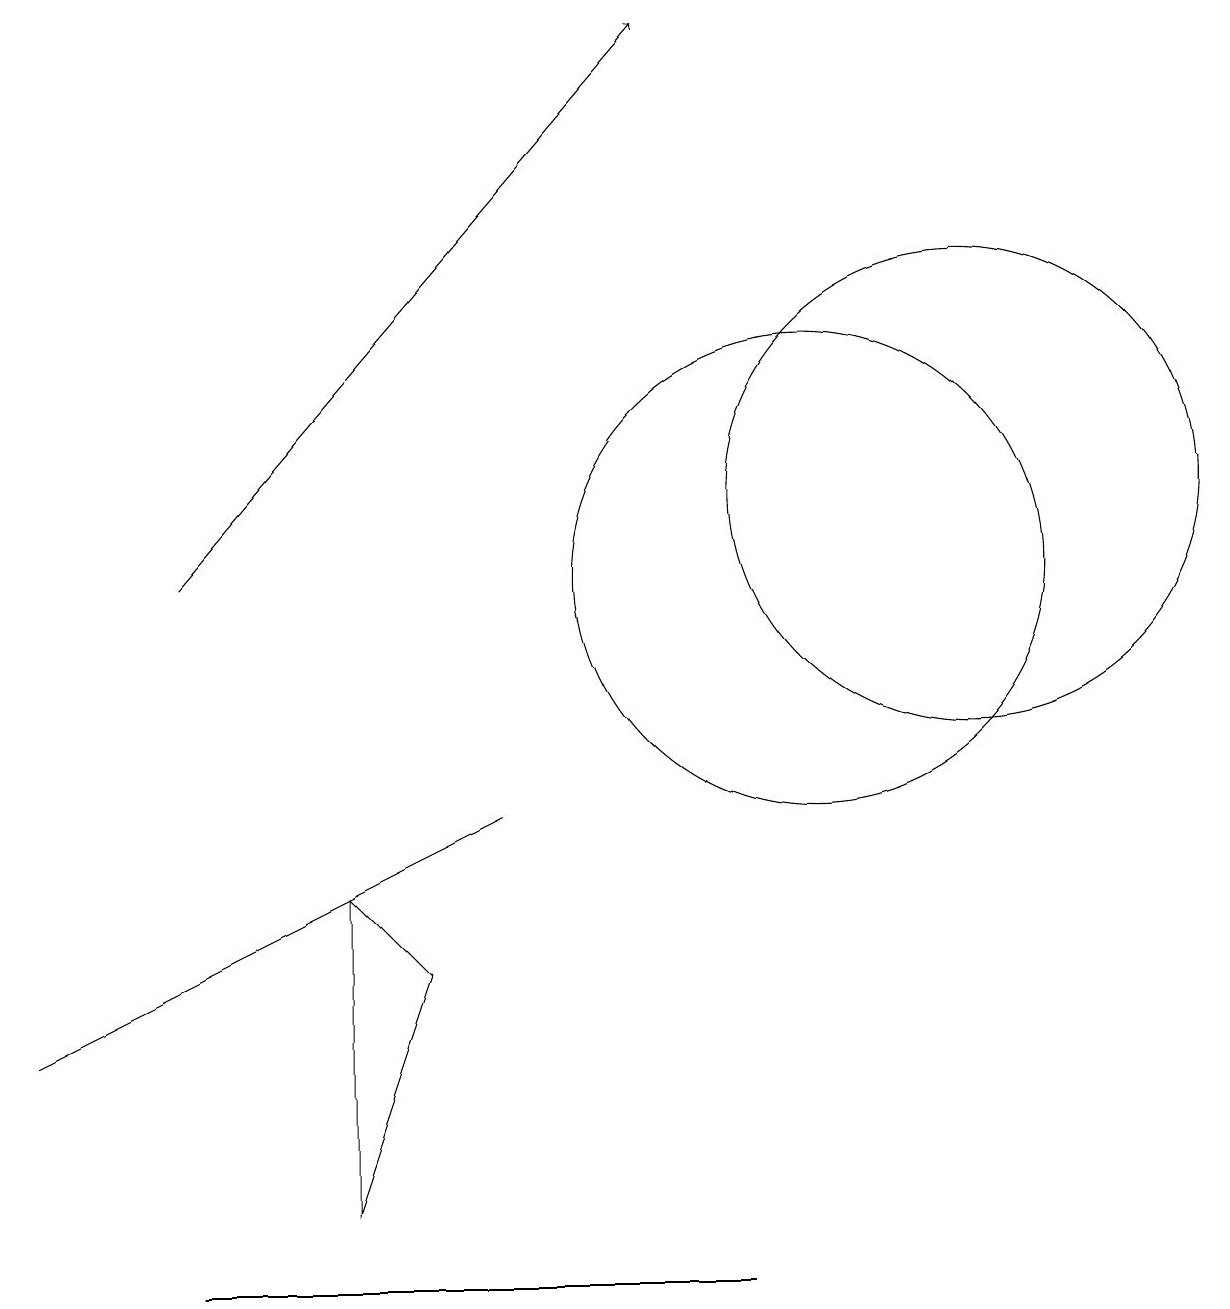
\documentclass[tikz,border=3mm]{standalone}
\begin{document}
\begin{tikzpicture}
\draw[->] (2,11) -- (8,18);
\draw (0,5) -- (6,8) -- (0,5) -- cycle;
\draw (10,11) circle (3);
\draw (4,3) -- (4,7) -- (5,6) -- cycle;
\draw (12,12) circle (3);
\draw (2,2) -- (5,2) -- (9,2) -- cycle;
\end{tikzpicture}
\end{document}